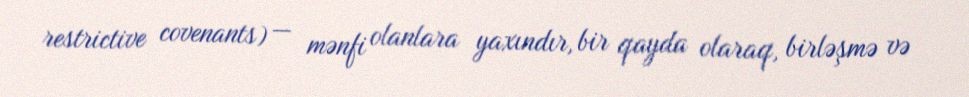
restrictive covenants) — mənfi olanlara yaxındır, bir qayda olaraq, birləşmə və